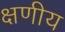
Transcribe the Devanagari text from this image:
क्षणीय